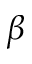
\beta